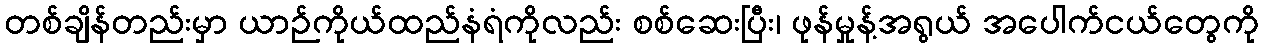
တစ်ချိန်တည်းမှာ ယာဉ်ကိုယ်ထည်နံရံကိုလည်း စစ်ဆေးပြီး၊ ဖုန်မှုန့်အရွယ် အပေါက်ငယ်တွေကို